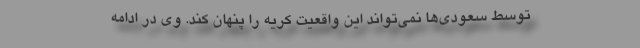
توسط سعودی‌ها نمی‌تواند این واقعیت کریه را پنهان کند. وی در ادامه